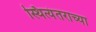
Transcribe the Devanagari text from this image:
स्थित्यंतराच्या